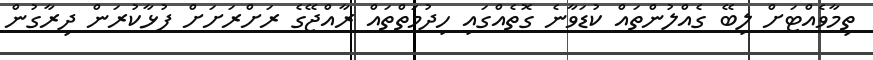
ތިމާވެއްޓަށް ލިބޭ ގެއްލުންތައް ކުޑަވާނެ ގޮތެއްގައި ހިދުމަތްތައް ރާއްޖޭގެ ރަށްރަށަށް ފުޅާކުރަން ދިރާގުން